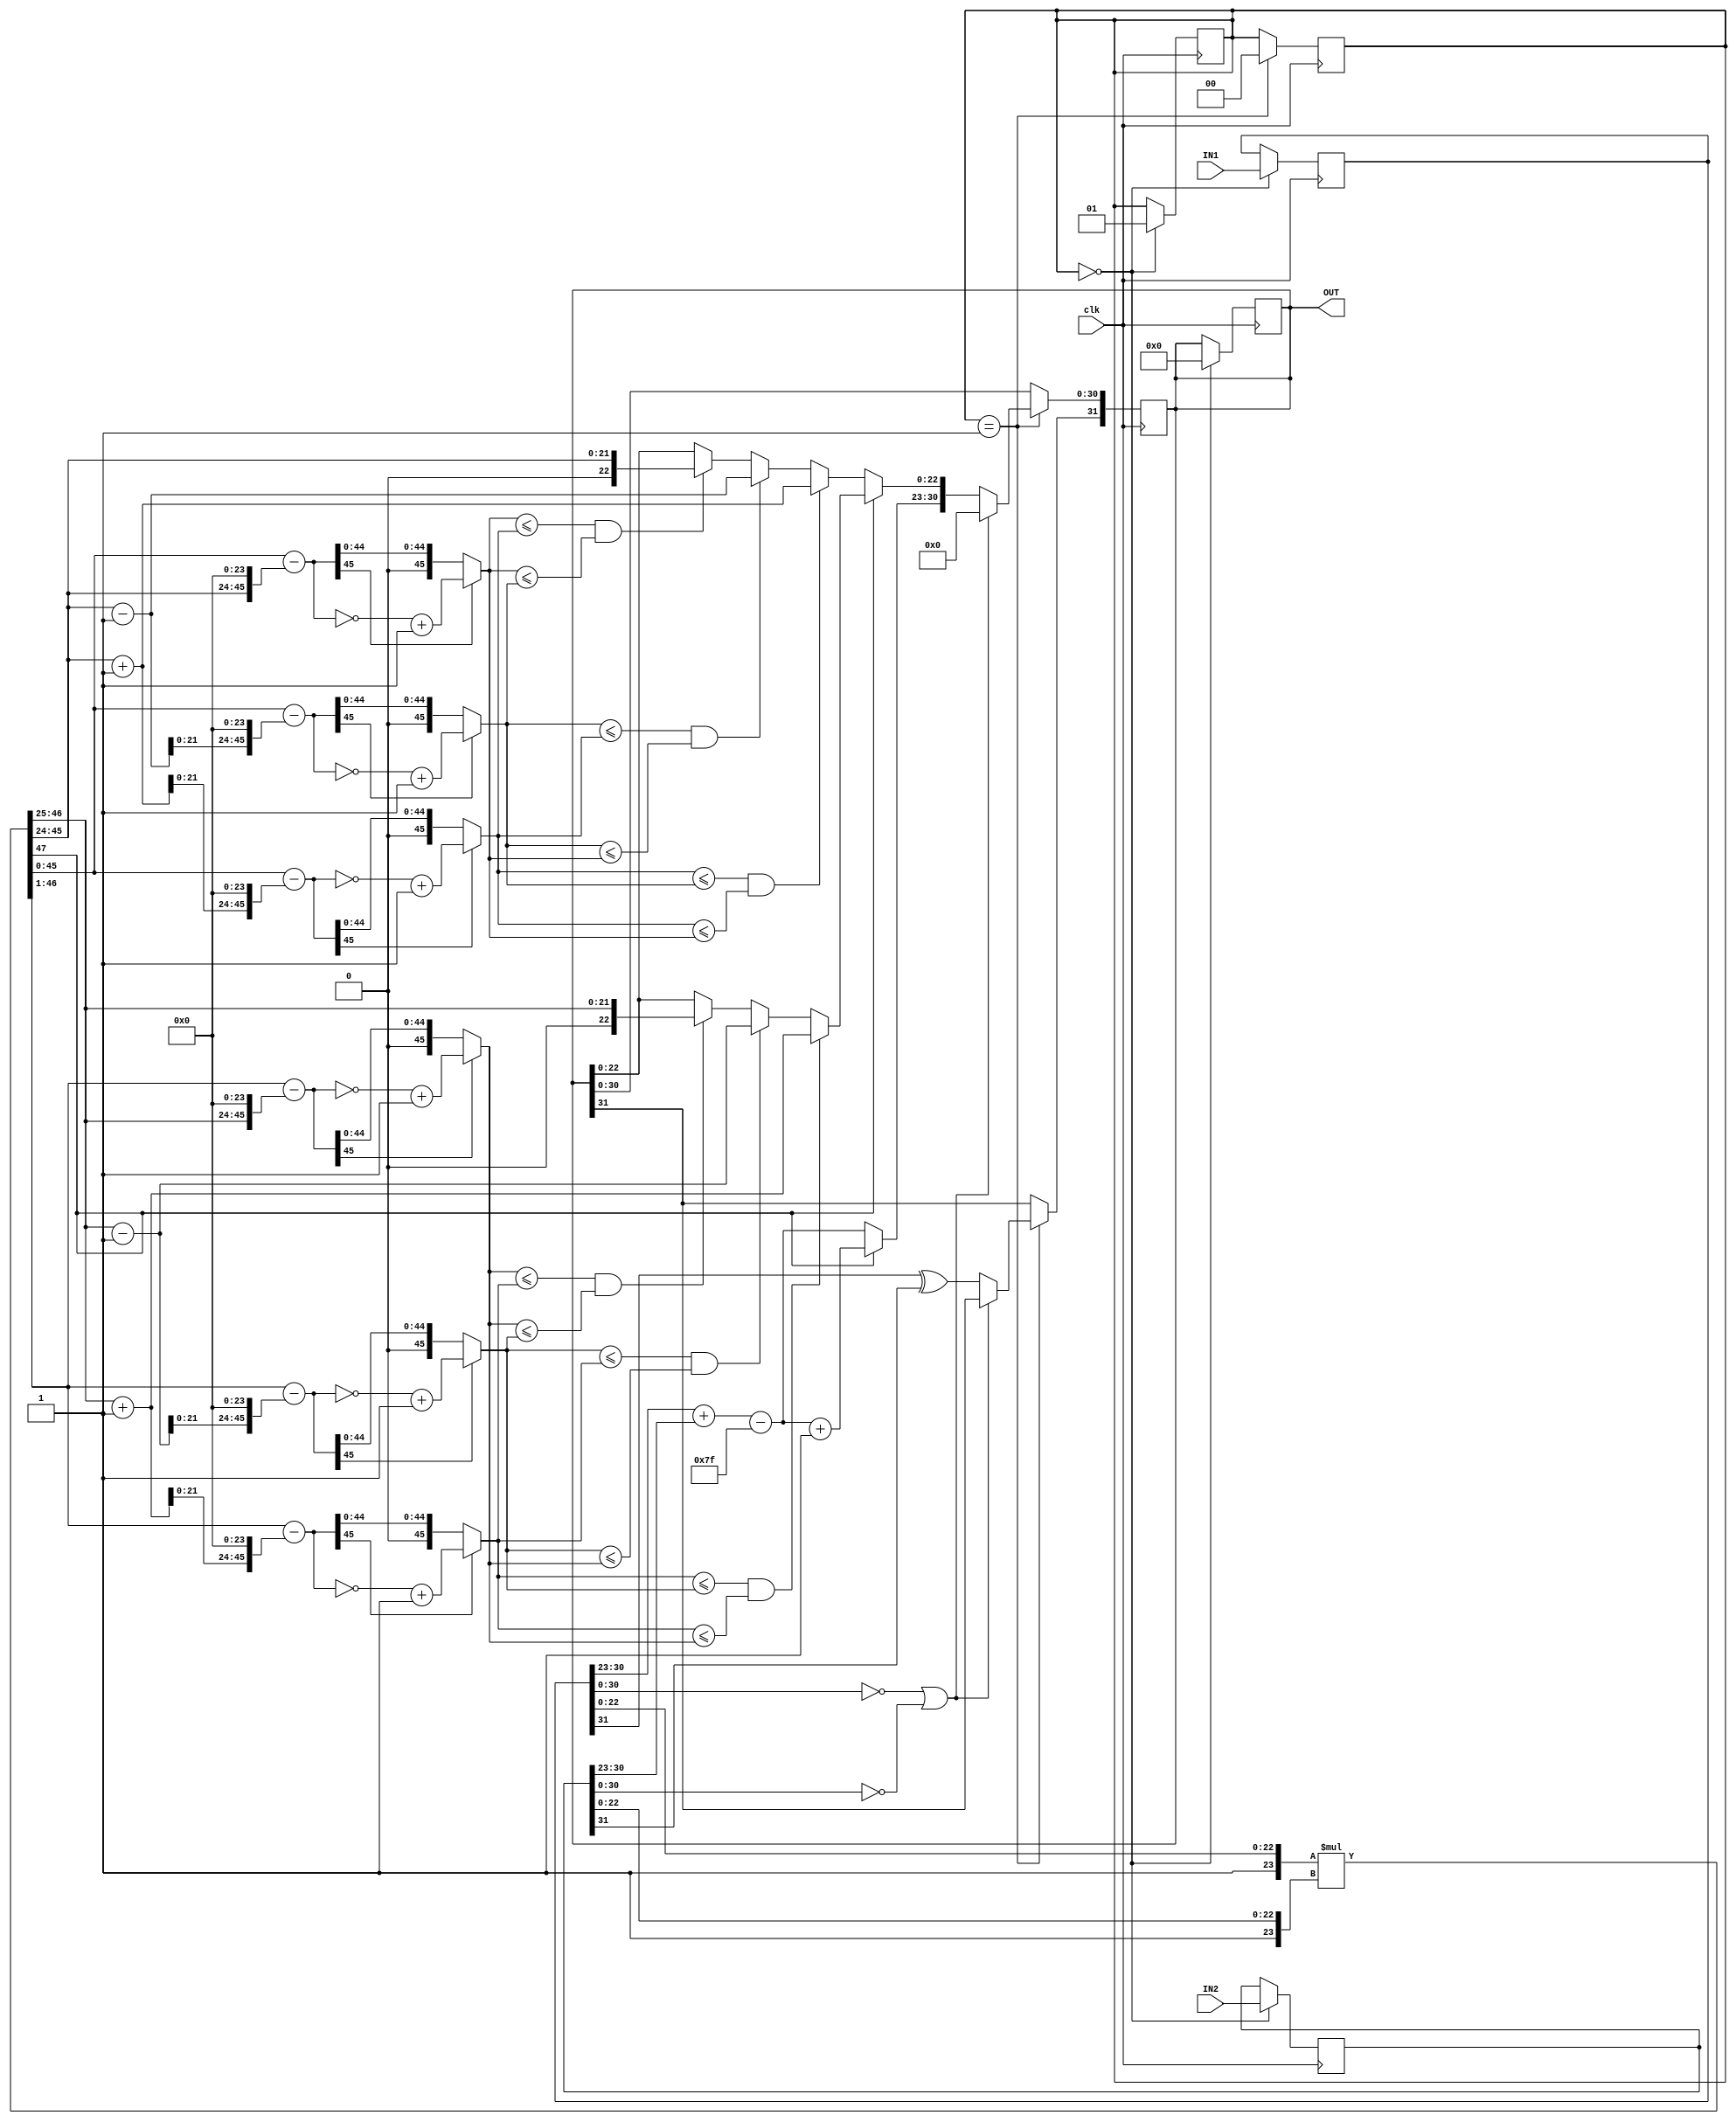
module float_multiply (clk, IN1, IN2, OUT);

input clk;
input [31:0] IN1, IN2;
output [31:0] OUT;

reg [31:0] X1 = 32'b0;
reg [31:0] X2 = 32'b0;
reg [31:0] Y = 32'b0;
reg [1:0] stg = 1'b0;
wire [7:0] wireAdd;
wire [23:0] wireMulX1;
wire [23:0] wireMulX2;
wire [47:0] wireMulRES;

wire [45:0] resx_test1, resx_test2, resx_test3, resx_org, diffx1, diffx2, diffx3, diffx1_out, diffx2_out, diffx3_out;
wire [45:0] resy_test1, resy_test2, resy_test3, resy_org, diffy1, diffy2, diffy3, diffy1_out, diffy2_out, diffy3_out;

always @(posedge clk) begin
   
    if (stg == 0) begin
        
        X1 <= IN1;
        X2 <= IN2;
        Y <= 32'b0;
        stg <= 'd1;
    
    end

end

always @(posedge clk) begin
    
    if (stg == 1) begin
        
        if ((X1[30:0] == 8'b0) || (X2[30:0] == 8'b0)) begin
            
                Y[30:0] <= 31'b0;
        
        end

        else begin
        
            Y[31] <= X1[31] ^ X2[31];
        
            if (wireMulRES [47] == 1) begin
            
                Y[30:23] = wireAdd - 'd127 + 'd1;
                if (diffx1_out <= diffx2_out && diffx1_out <= diffx3_out)
                    Y[22:0] = wireMulRES[46:25]+1;
                else if (diffx2_out <= diffx1_out && diffx2_out <= diffx3_out)
                    Y[22:0] = wireMulRES[46:25]-1;
                else if (diffx3_out <= diffx1_out && diffx3_out <= diffx2_out)
                        Y[22:0] = wireMulRES[46:25];

            end

            else begin
            
                Y[30:23] = wireAdd - 'd127;
                if (diffy1_out <= diffy2_out && diffy1_out <= diffy3_out)
                    Y[22:0] = wireMulRES[45:24]+1;
                else if (diffy2_out <= diffy1_out && diffy2_out <= diffy3_out)
                    Y[22:0] = wireMulRES[45:24]-1;
                else if (diffy3_out <= diffy1_out && diffy3_out <= diffy2_out)
                    Y[22:0] = wireMulRES[45:24];

            end

        end
    
        stg <= 'd0;
    
    end

end


assign wireAdd = X1[30:23] + X2[30:23];
assign wireMulX1 = {1'b1,X1[22:0]};
assign wireMulX2 = {1'b1,X2[22:0]};
assign wireMulRES = wireMulX1 * wireMulX2;


assign resx_test1 = {wireMulRES[46:25]+1, 24'b0};
assign resx_test2 = {wireMulRES[46:25]-1, 24'b0};
assign resx_test3 = {wireMulRES[46:25], 24'b0};
assign resx_org = wireMulRES[46:1];
assign diffx1 = resx_org - resx_test1;
assign diffx2 = resx_org - resx_test2;
assign diffx3 = resx_org - resx_test3;
assign diffx1_out = (diffx1[45] == 1) ? ((~diffx1) + 1) : (diffx1);
assign diffx2_out = (diffx2[45] == 1) ? ((~diffx2) + 1) : (diffx2);
assign diffx3_out = (diffx3[45] == 1) ? ((~diffx3) + 1) : (diffx3);


assign resy_test1 = {wireMulRES[45:24]+1, 24'b0};
assign resy_test2 = {wireMulRES[45:24]-1, 24'b0};
assign resy_test3 = {wireMulRES[45:24], 24'b0};
assign resy_org = wireMulRES[45:0];
assign diffy1 = resy_org - resy_test1;
assign diffy2 = resy_org - resy_test2;
assign diffy3 = resy_org - resy_test3;
assign diffy1_out = (diffy1[45] == 1) ? ((~diffy1) + 1) : (diffy1);
assign diffy2_out = (diffy2[45] == 1) ? ((~diffy2) + 1) : (diffy2);
assign diffy3_out = (diffy3[45] == 1) ? ((~diffy3) + 1) : (diffy3);


assign OUT = Y;

endmodule